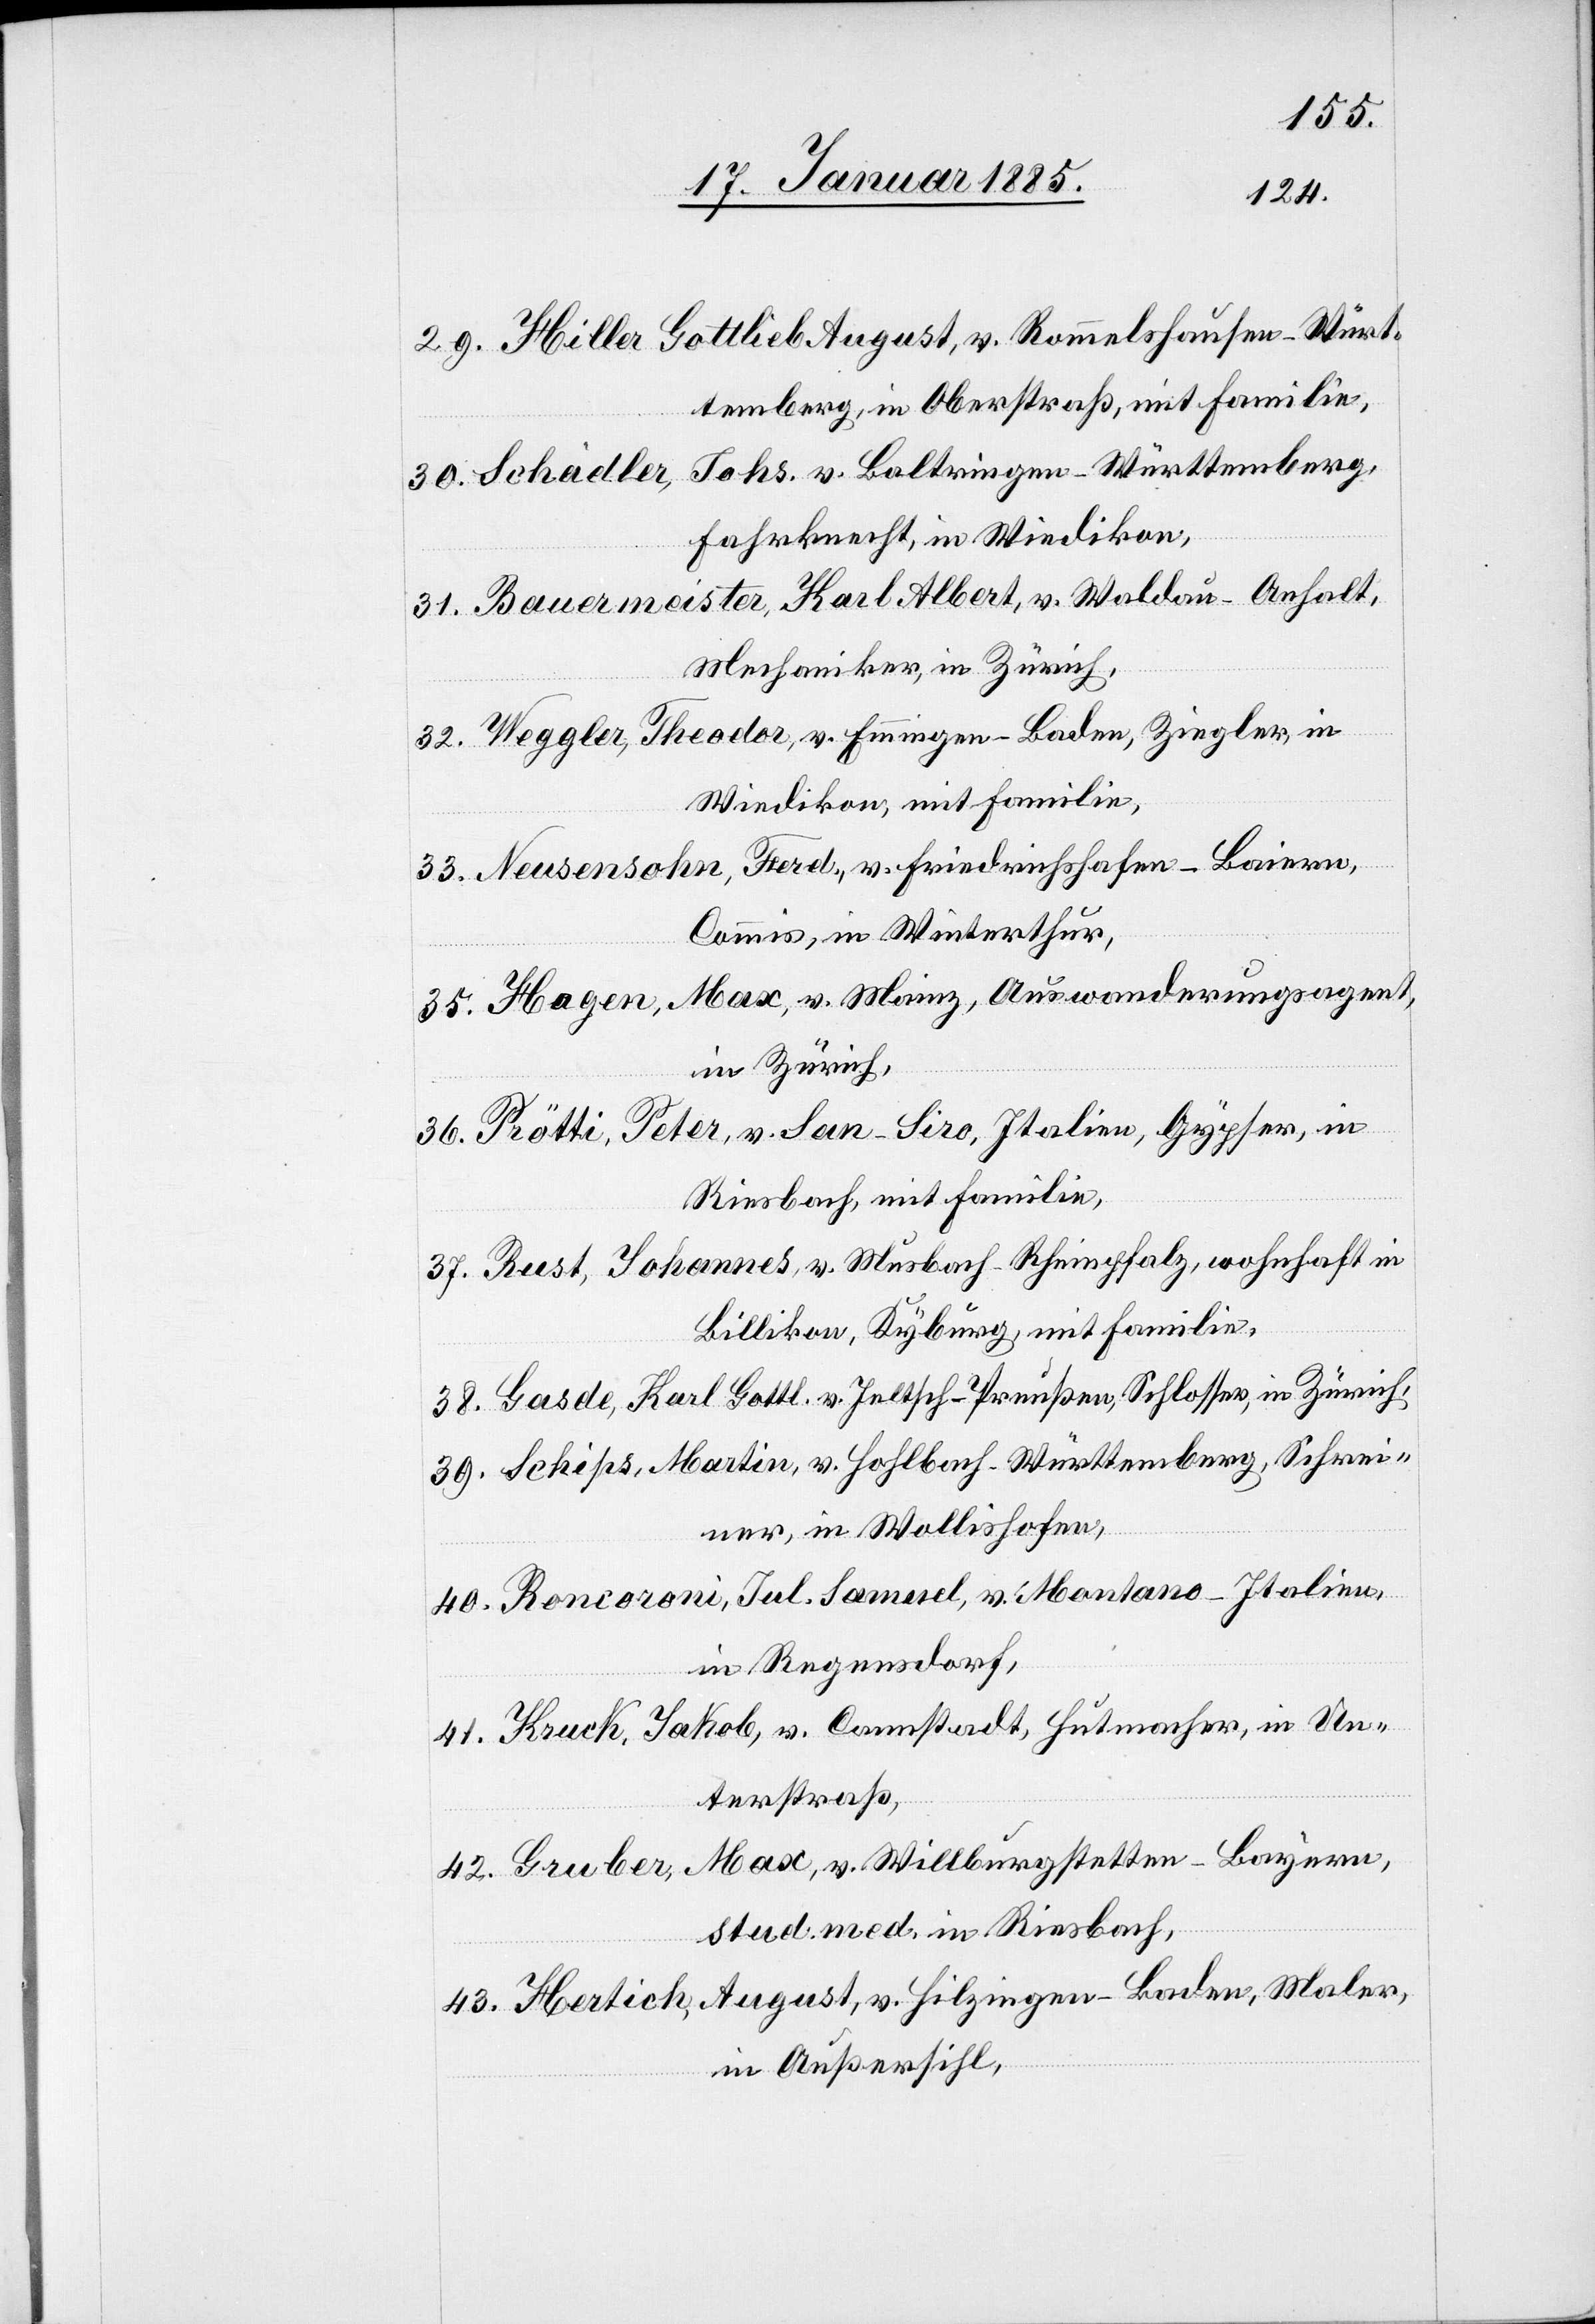
29.
Hiller Gottlieb August, v. Rommelshausen - Würt¬
temberg, in Oberstraß, mit Familie,
Schädler, Johs. v. Baltringen - Württemberg,
Fahrknecht, in Wiedikon,
Bauermeister, Karl Albert, v. Waldau - Anhalt,
Mechaniker, in Zürich,
Weggler, Theodor, v. Emmingen - Baden, Ziegler, in
Wiedikon, mit Familie,
Neusensohn, Ferd., v. Friedrichshafen - Baiern,
Commis, in Winterthur,
Hagen, Max, v. Mainz, Auswanderungsagent,
in Zürich,
Prötti, Peter, v. San-Siro, Italien, Gypser, in
Riesbach, mit Familie,
Rust, Johannes, v. Musbach - Rheinpfalz, wohnhaft in
Billikon, Kyburg, mit Familie,
Gasde, Karl Gottl. v. Ieltsch - Preußen, Schlosser, in Zürich,
Schips, Martin, v. Hohlbach - Württemberg, Schrei¬
ner, in Wollishofen,
Roncoroni, Jul. Samuel, v. Montano - Italien,
in Regensdorf,
Kruck, Jakob, v. Cannstadt, Hutmacher, in Un¬
terstraß,
Gruber, Max, v. Willburgstetten - Bayern,
stud. med. in Riesbach,
Hertich, August, v. Hilzingen - Baden, Maler,
in Außersihl,